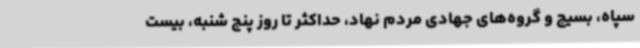
سپاه، بسیج و گروه‌های جهادی مردم نهاد، حداکثر تا روز پنج شنبه، بیست